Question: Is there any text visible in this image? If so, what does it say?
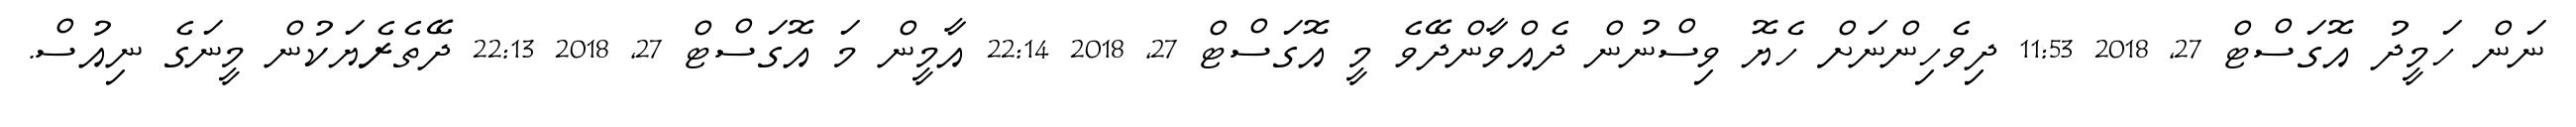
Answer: ނަން ހަމީދު އޮގަސްޓް 27, 2018 11:53 ދިވެހިންނަށް ހެޔޮ ވިސްނުން ދެއްވާންދޭވެ މީ އޮގަސްޓް 27, 2018 22:14 އާމީން މަ އޮގަސްޓް 27, 2018 22:13 ދޭތެރެޔަކުން މީނަގެ ނިއުސް.